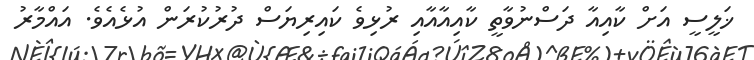
ޚަލީސީ އަށް ކާއިއާ ދަސްނުވާތީ ކާއިއާއާއި ރުޅިވެ ކައިރިޔަސް ދުރުކުރަން އުޅެއެވެ. އައްމާރު